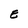
Character: E